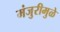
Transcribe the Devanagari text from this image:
मंजुरीमुळे